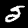
Digit: 5